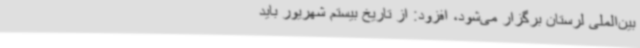
بین‌الملی لرستان برگزار می‌شود، افزود: از تاریخ بیستم شهریور باید